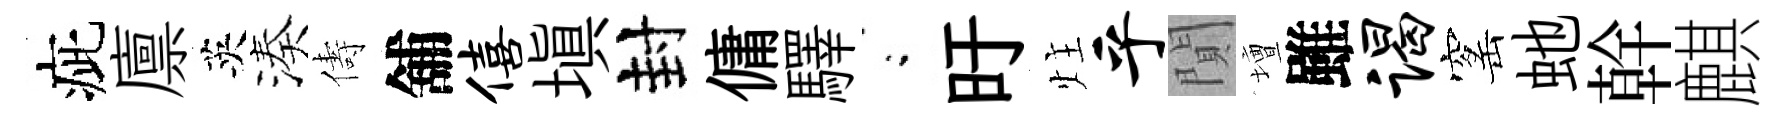
疵廪英湊儔舖僖塡封傭驛閤旴炷乎閴壇雖谒窰虵幹麒